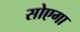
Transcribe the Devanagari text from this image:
सोएगा